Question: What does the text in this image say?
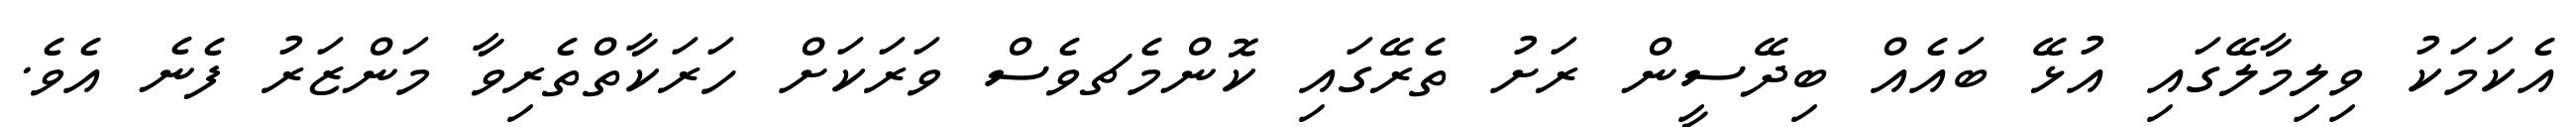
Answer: އެކަމަކު ވިލިމާލޭގައި އުޅޭ ބައެއް ބިދޭސީން ރަށު ތެރޭގައި ކޮންމެޗވެސް ވަރަކަށް ހަރަކާތްތެރިވާ މަންޒަރު ފެނެ އެވެ.